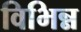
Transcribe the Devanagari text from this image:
विभिन्न